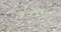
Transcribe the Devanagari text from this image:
आपल्यामुळेच